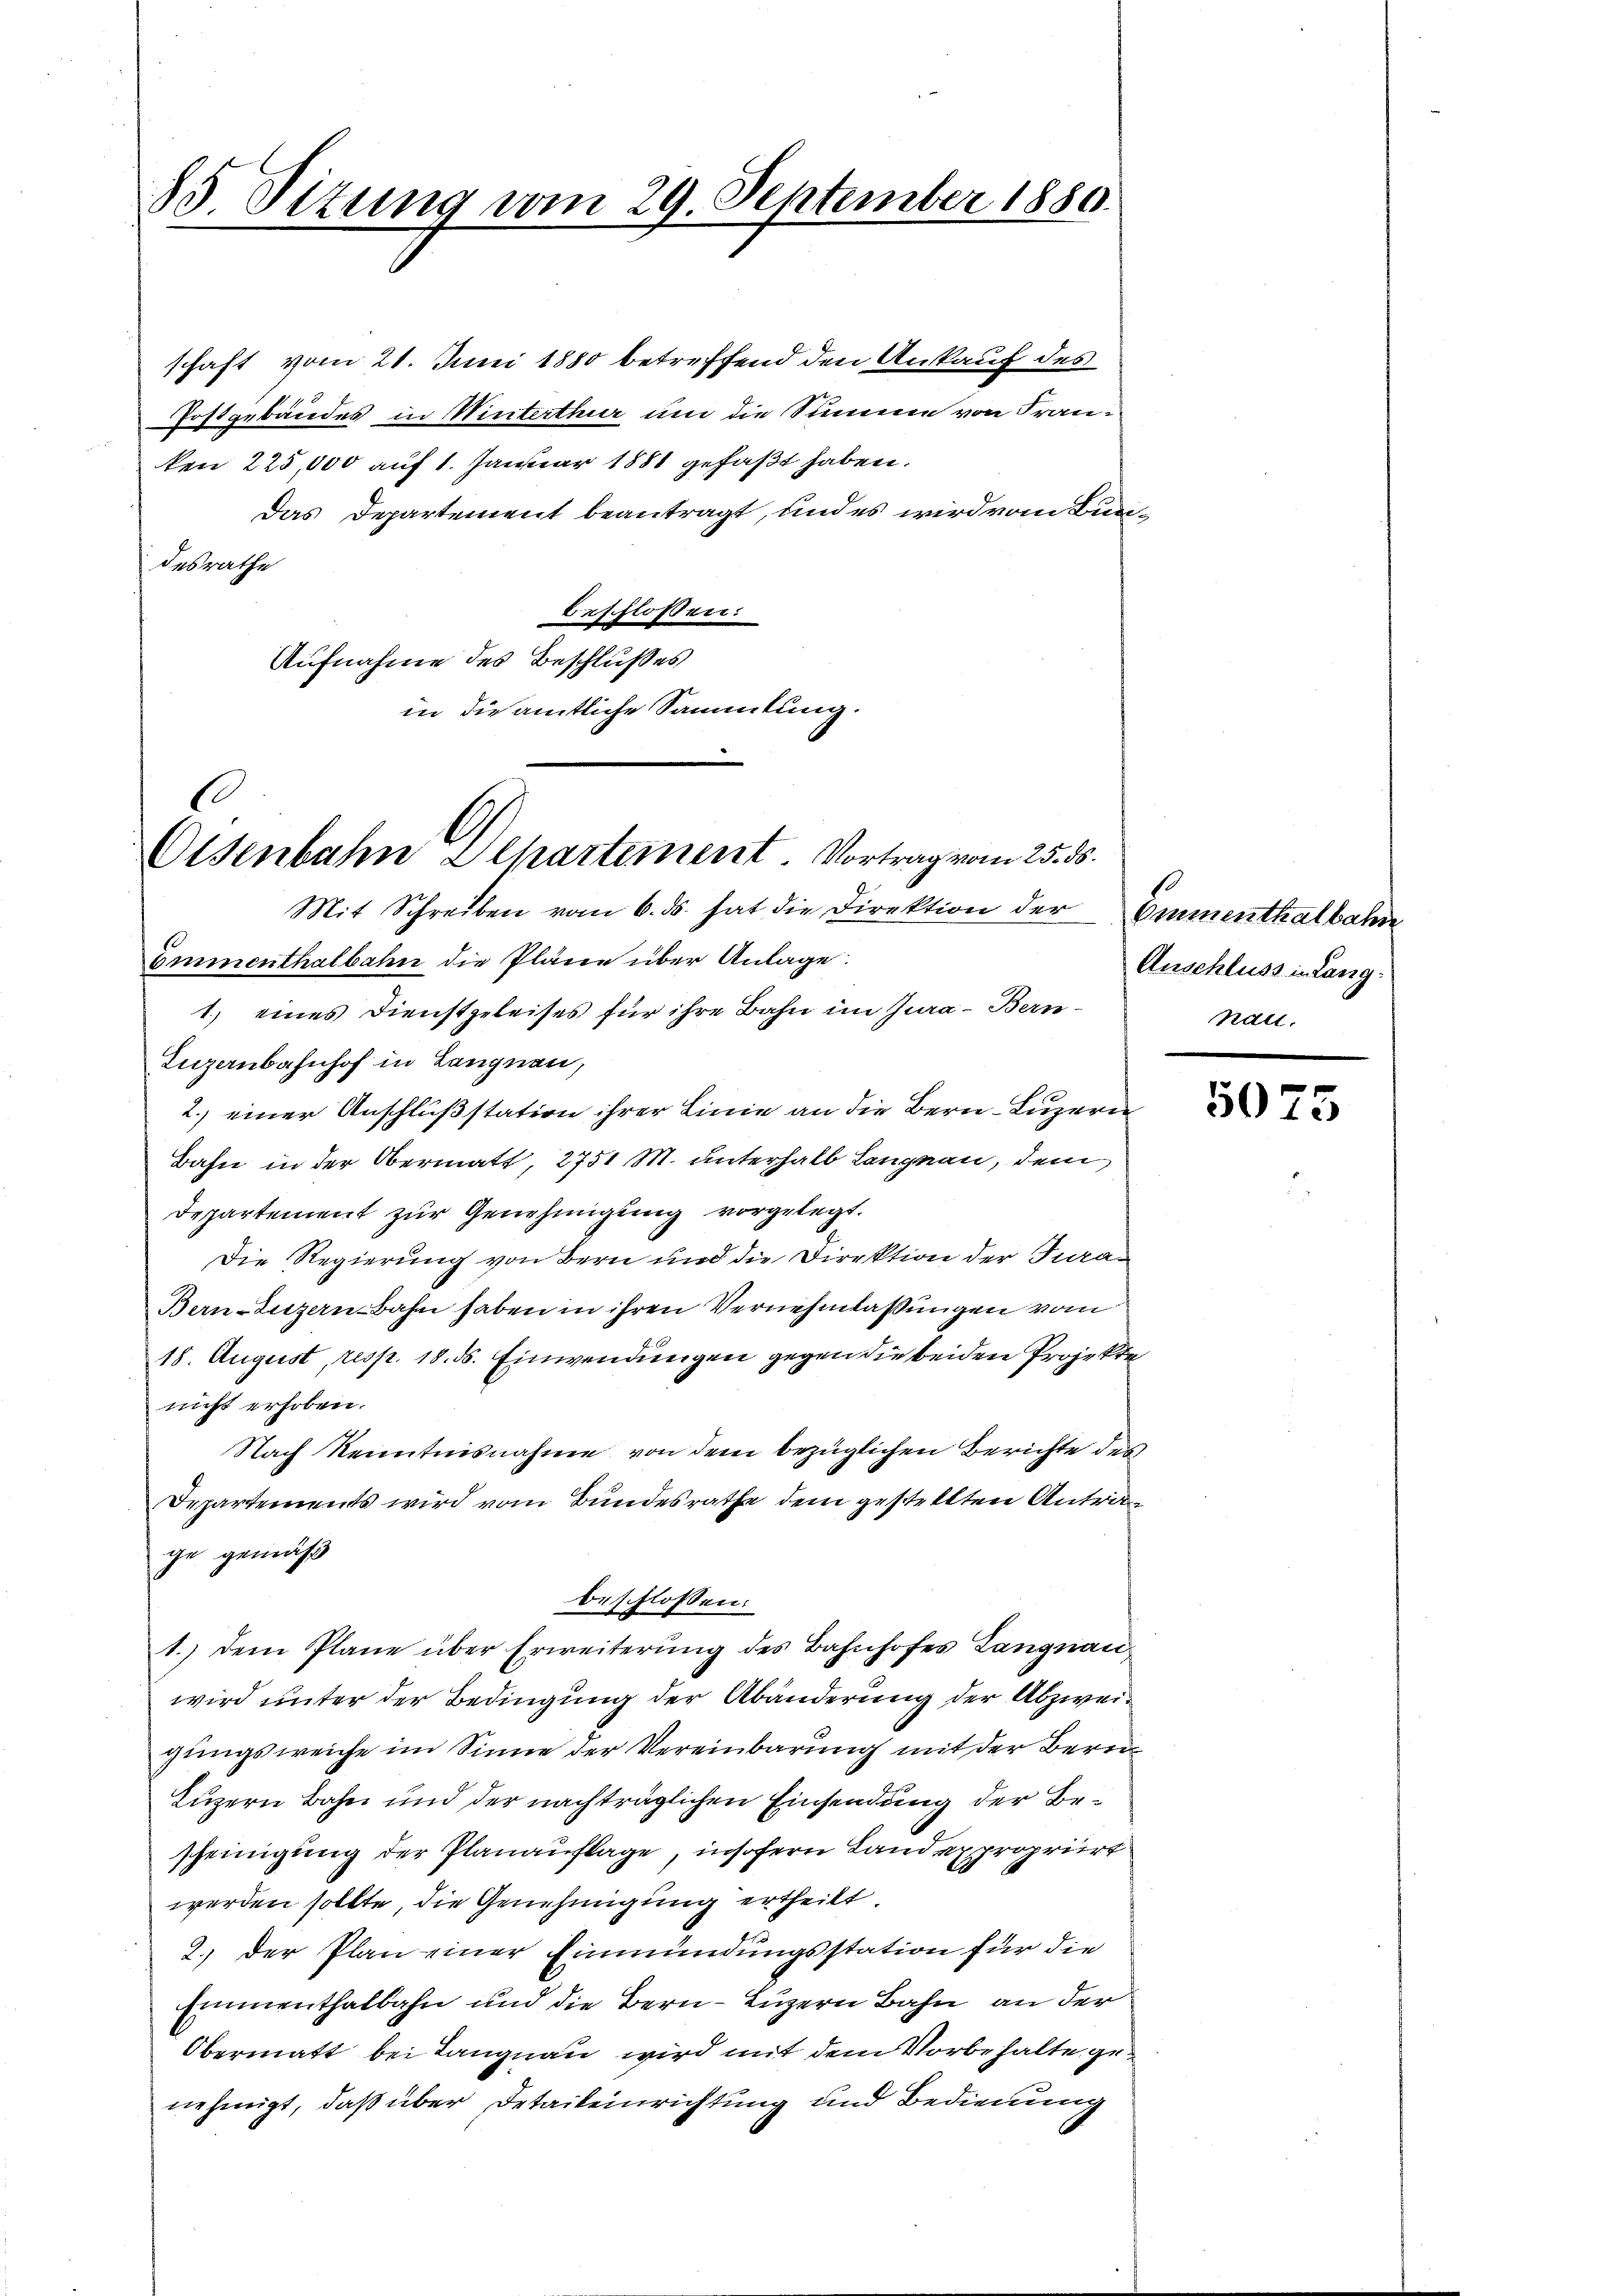
85 Sizung vom 29. September 1880.

desrathe
beschlossen:
Aufnahme des Beschlußes
in die amtliche Sammlung.

l
Olsenbahn Ilhartement. Vortrag vom 25. ds.

schaft vom 21. Juni 1880 betreffend den Ankauf des
Postgebäudes in Winterthur um die Summe von Franken 225,000 auf 1. Januar 1881 gefaßt haben.
Das Departement beantragt, und es wird vom Bun¬

Mit Schreiben vom 6. ds. hat die Direktion der Emmenthalbahn
Emmenthalbahn die Pläne über Anlage:
1.) eines Dienstgeleises für ihre Bahn im Jura - Bern
Iuzenbahnhof in Langnau,
2.) einer Anschlußstation ihrer Linie an die Bern, Luzern
Bahn in der Obermatt, 2751 M. unterhalb Langnau, dem
Departement zur Genehmigung vorgelegt.
Die Regierung von Bern und die Direktion der Tra
Bern-Sitzern Bahn haben in ihren Vernehmlassungen vom
18. August, resp. 18. ds. Einwendungen gegen die beiden Projekte
nicht erhoben.
Nach Kenntnisnahme von dem bezüglichen Berichte des
Departements wird vom Bundesrathe dem gestellten Antra
ge gemäß
beschlossen:
1.) Dem Plane über Erweiterung des Bahnhofes Langnau
wird unter der Bedingung der Abänderung der Abzweigungsweiche im Sinne der Vereinbarung mit der Bern¬
Luzern Bahn und der nachträglichen Einsendung der Bescheinigung der Planauflage, insofern Land expropriirt
werden sollte, die Genehmigung ertheilt
2.) Der Plan einer Einmündungsstation für die
Emmenthalbahn und die Bern- Luzern Bahn an der
Obermatt bei Langnau wird mit dem Vorbehalte genehmigt, daß über Detaileinrichtung und Bedienung

Anschluss in Langnau.

5075